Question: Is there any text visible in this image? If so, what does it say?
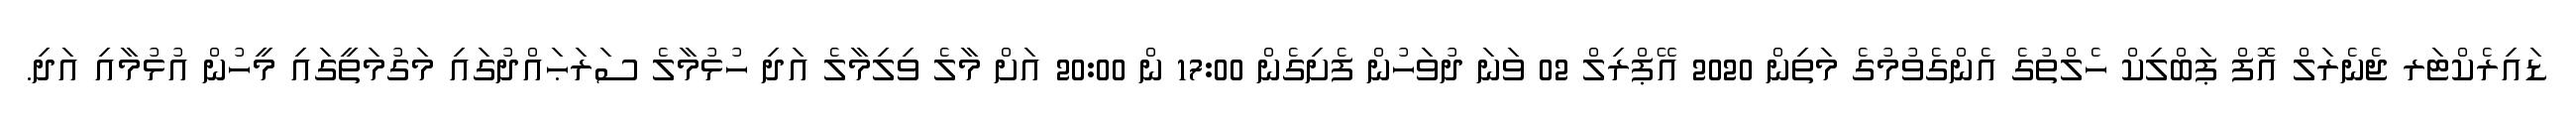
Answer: ޑައިރެކްޓަރ ޖެނެރަލް އޮފް ޕަބްލިކް ހެލްތުގެ އެންގެވުމުގެ މަތިން 2020 އޭޕްރިލް 02 ވަނަ ދުވަހުން ފެށިގެން 17:00 ން 20:00 އަށް މާލެ ވިލިމާލެ އަދި ހުޅުމާލެ ސަރަޙައްދުގައި މަގުމަތީގައި މީހުން އުޅުމާއި އަދި.